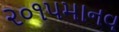
૨૦૧૫માનવ